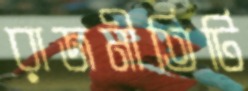
রাজনীতিটি